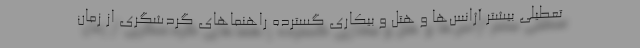
تعطیلی بیشتر آژانس‌ها و هتل و بیکاری گسترده راهنماهای گردشگری از زمان